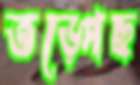
তড়্‌পেছ